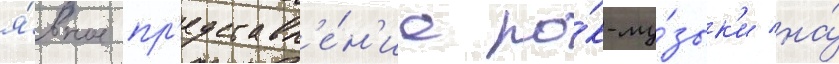
я́вное пр'едставл'е́н'ие ро́к-му́зык'и на́